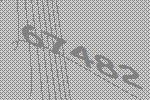
67482